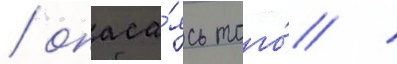
/ опаса́ясь того́ /